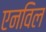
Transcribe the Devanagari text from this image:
एनविल